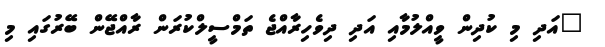
"އަދި މި ކުދިން ވީއްލުމާއި އަދި ދިވެހިރާއްޖެ ތަމްސީލްކުރަން ރާއްޖޭން ބޭރުގައި މި